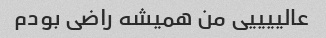
عالییییی من همیشه راضی بودم